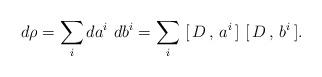
LaTeX: \begin{align*}d \rho = \sum_i da^i \,\, db^i =\sum _i \,\,[\,D\,,\,a^i\,]\,\,[\,D\,,\,b^i\,].\end{align*}